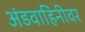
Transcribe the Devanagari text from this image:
अंडवाहिनीवर